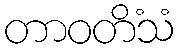
တာဝတိံသံ